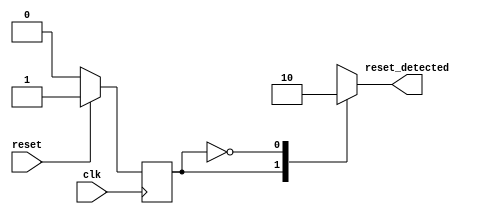
module sync_reset_detector (
    input wire clk,          // Clock signal
    input wire reset,        // Synchronous reset signal
    output reg reset_detected // Output indicating if reset is active
);

// State definitions
localparam RESET_STATE   = 1'b1; // Active reset state
localparam NORMAL_STATE  = 1'b0; // Normal operation state

// State variable
reg current_state;

// Synchronous process
always @(posedge clk) begin
    // Check the reset signal and update the state accordingly
    if (reset) begin
        current_state <= RESET_STATE; // Transition to reset state
    end else begin
        current_state <= NORMAL_STATE; // Transition to normal state
    end
end

// Output logic based on current state
always @(*) begin
    case (current_state)
        RESET_STATE: begin
            reset_detected = 1'b1; // Reset condition is active
        end
        NORMAL_STATE: begin
            reset_detected = 1'b0; // Reset condition is inactive
        end
        default: begin
            reset_detected = 1'b0; // Default case (should not be reached)
        end
    endcase
end

endmodule